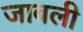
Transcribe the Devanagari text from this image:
जाबली